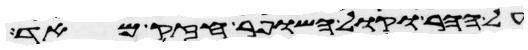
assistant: על ההר וקול השופר חזק מאד